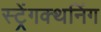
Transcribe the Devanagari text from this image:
स्ट्रेंगक्थनिंग